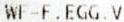
WF-F.EGG.V